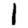
Digit: 1